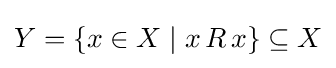
Y=\{x\in X\mid x\,R\,x\}\subseteq X